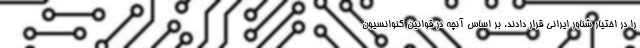
را در اختیار شناور ایرانی قرار دادند. بر اساس آنچه در قوانین کنوانسیون